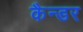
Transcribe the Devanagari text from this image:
कैन्डर